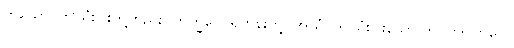
တယော၊ ဤသုံးပါးတို့တည်း။ ဘိက္ခဝေ၊ ရဟန်းတို့။ အယံ၊ ဤသုံးပါးသော ဘဝကို။ ဘဝေါ၊